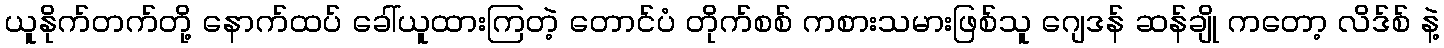
ယူနိုက်တက်တို့ နောက်ထပ် ခေါ်ယူထားကြတဲ့ တောင်ပံ တိုက်စစ် ကစားသမားဖြစ်သူ ဂျေဒန် ဆန်ချို ကတော့ လိဒ်စ် နဲ့